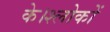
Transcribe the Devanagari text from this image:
के।श्लोकों